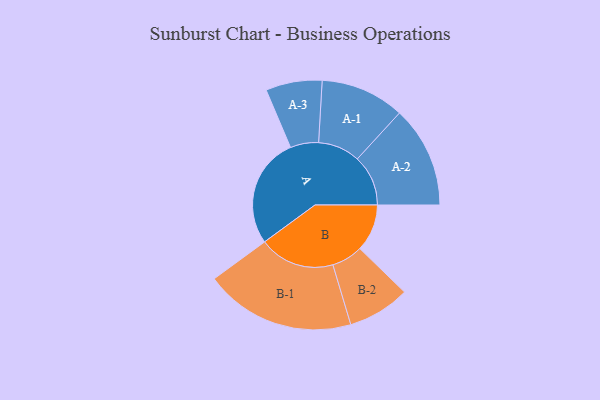
{"axis": {"x": "Segment", "y": "Value"}, "legend": ["", "A", "B"], "data": [{"x": "A", "y": 439, "type": ""}, {"x": "B", "y": 188, "type": ""}, {"x": "A-1", "y": 167, "type": "A"}, {"x": "A-2", "y": 202, "type": "A"}, {"x": "A-3", "y": 112, "type": "A"}, {"x": "B-1", "y": 300, "type": "B"}, {"x": "B-2", "y": 124, "type": "B"}]}